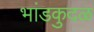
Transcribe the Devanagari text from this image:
भांडकुदळ